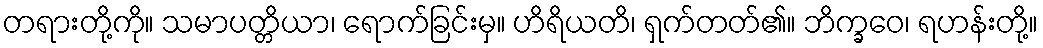
တရားတို့ကို။ သမာပတ္တိယာ၊ ရောက်ခြင်းမှ။ ဟိရိယတိ၊ ရှက်တတ်၏။ ဘိက္ခဝေ၊ ရဟန်းတို့။